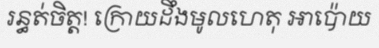
រន្ធត់ចិត្ត! ក្រោយដឹងមូលហេតុ អាប៉ោយ